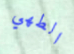
الطهي